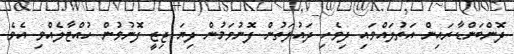
ދޮންބަންޑާރައިން އަތުލައްވައި ދިވެހި ދައުލަތުން ފޮނުވަމުން ދިޔަ ޖިޒީ ފޮނުވުން ހުއްޓާލެއްވި އެވެ.